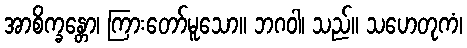
အာစိက္ခန္တော၊ ကြားတော်မူသော။ ဘဂဝါ၊ သည်။ သဟေတုကံ၊